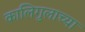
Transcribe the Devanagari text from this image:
कालिगुलाच्या